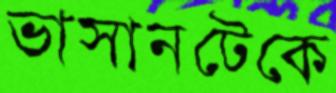
ভাসানটেকে